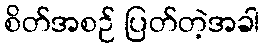
စိတ်အစဉ် ပြတ်တဲ့အခါ